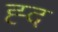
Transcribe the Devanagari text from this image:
ह्द